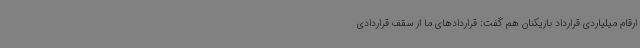
ارقام میلیاردی قرارداد بازیکنان هم گفت: قراردادهای ما از سقف قراردادی